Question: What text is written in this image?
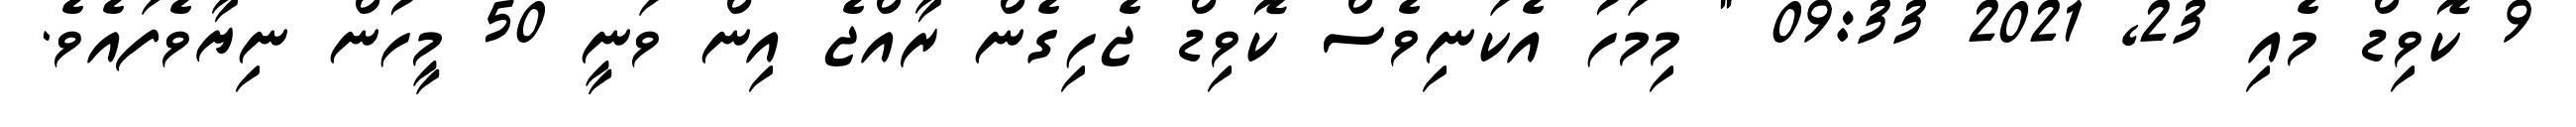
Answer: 9 ކޮވިޑް މެއި 23, 2021 09:33 " މިމަހު އެކަނިވެސް ކޮވިޑް ޖެހިގެން ރާއްޖެ އިން ވަނީ 50 މީހުން ނިޔާވެފައެވެ.